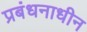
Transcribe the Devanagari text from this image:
प्रबंधनाधीन